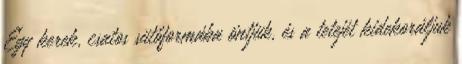
Egy kerek, csatos sütőformába öntjük, és a tetejét kidekoráljuk